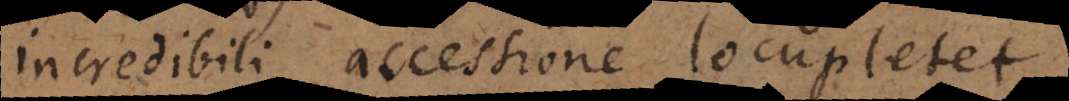
incredibili accessione locupletet.